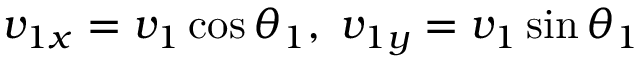
v _ { 1 x } = v _ { 1 } \cos \theta _ { 1 } , \; v _ { 1 y } = v _ { 1 } \sin \theta _ { 1 }